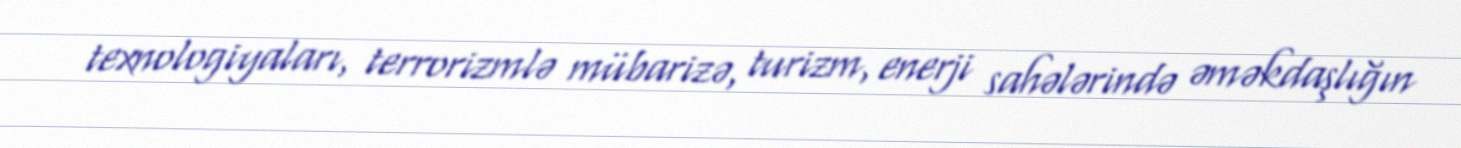
texnologiyaları, terrorizmlə mübarizə, turizm, enerji sahələrində əməkdaşlığın